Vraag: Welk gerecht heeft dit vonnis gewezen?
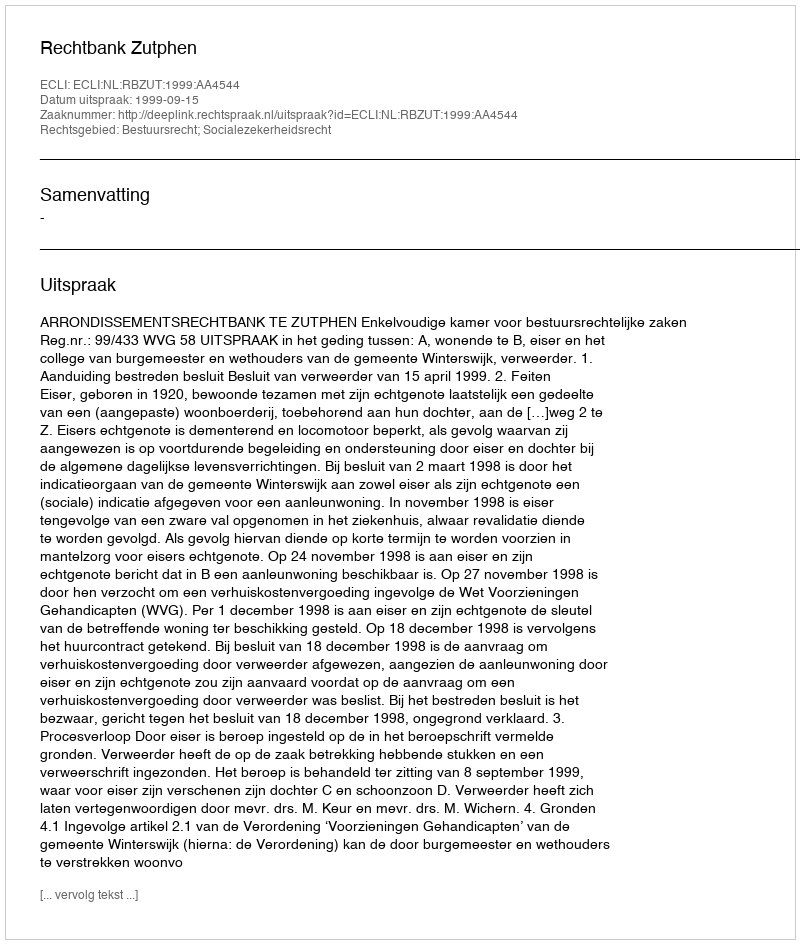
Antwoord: Rechtbank Zutphen